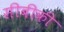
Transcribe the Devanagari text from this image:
सीबीकी